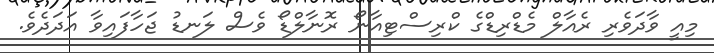
މިއީ ވާދަވެރި ރެއާލް މެޑްރިޑްގެ ކްރިސްޓިއާނޯ ރޮނާލްޑޯ ވެސް ލަނޑު ޖަހާފައިވާ އަދަދެވެ.